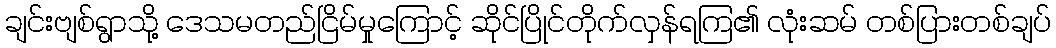
ချင်းဗျစ်ရွာသို့ ဒေသမတည်ငြိမ်မှုကြောင့် ဆိုင်ပြိုင်တိုက်လှန်ရကြ၏ လုံးဆမ် တစ်ပြားတစ်ချပ်